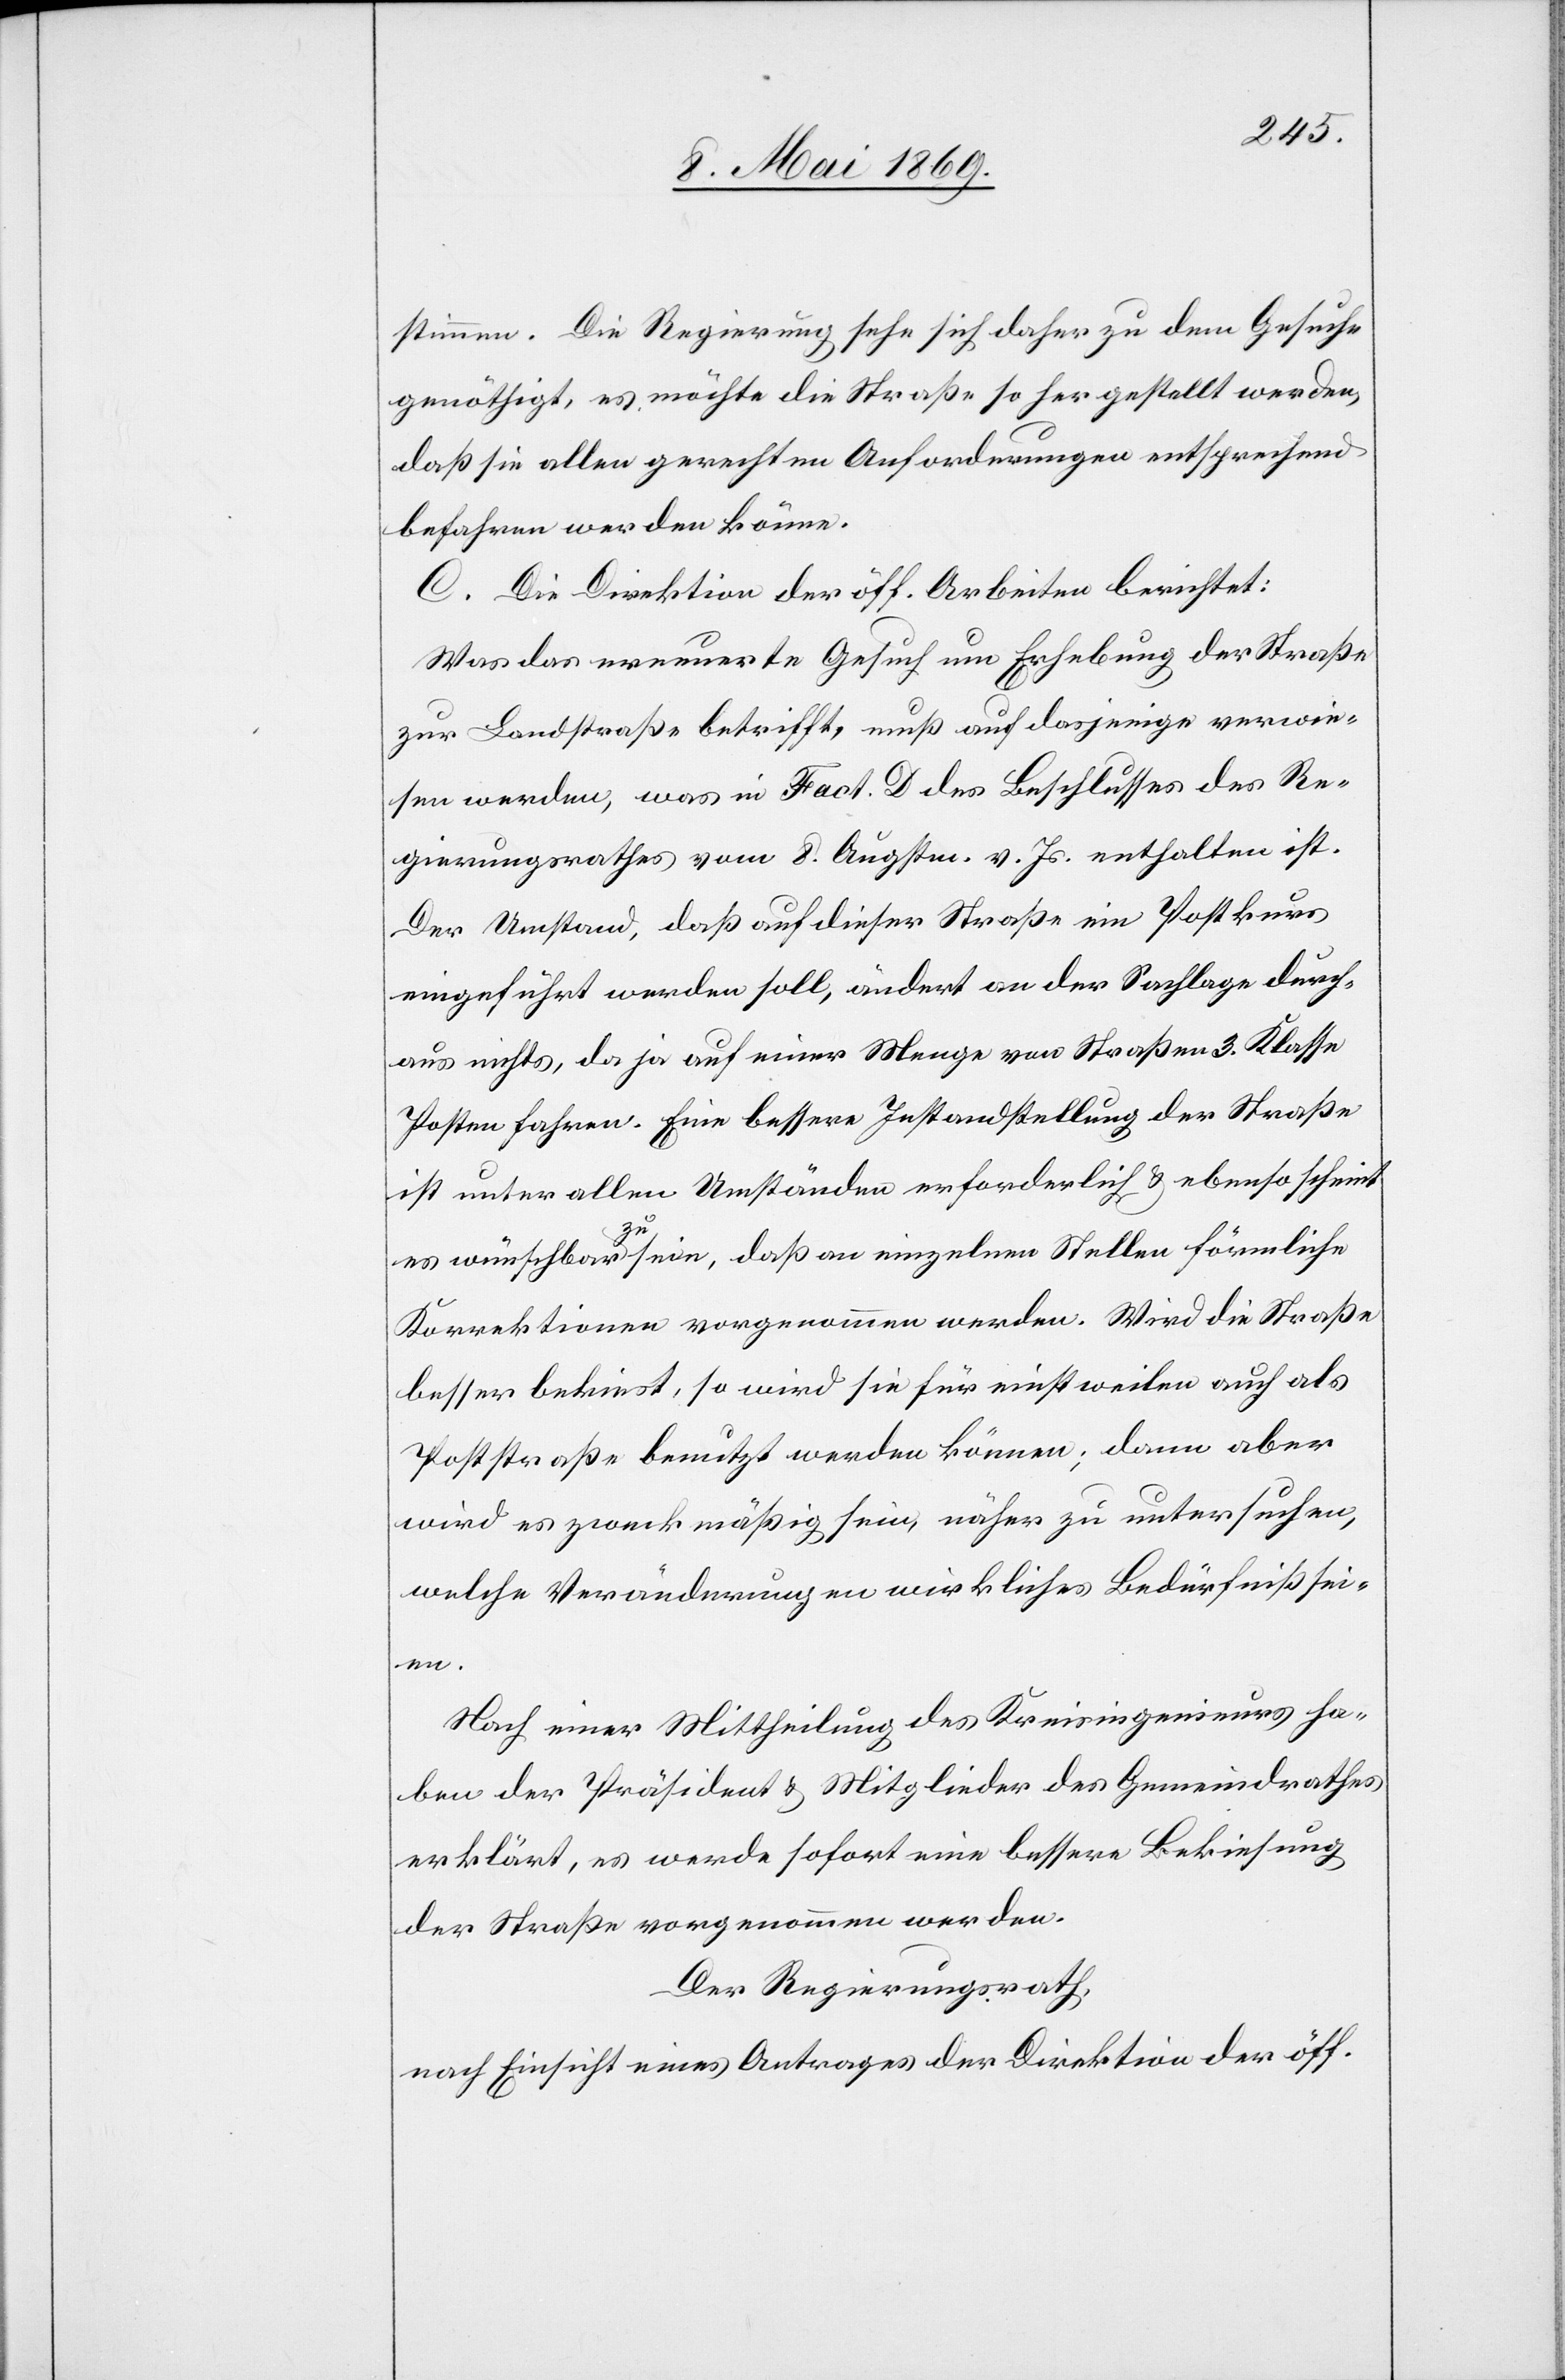
stimmen. Die Regierung sehe sich daher zu dem Gesuche
genöthigt, es möchte die Straße so hergestellt werden,
daß sie allen gerechten Anforderungen entsprechend
befahren werden könne.
C. Die Direktion der öff. Arbeiten berichtet:
Was das erneuerte Gesuch um Erhebung der Straße
zur Landstraße betrifft, muß auf dasjenige verwie¬
sen werden, was in Fact. D des Beschlusses des Re¬
gierungsrathes vom 8. Augstm. v. Js. enthalten ist.
Der Umstand, daß auf dieser Straße ein Postkurs
eingeführt werden soll, ändert an der Sachlage durch¬
aus nichts, da ja auf einer Menge von Straßen 3. Klasse
Posten fahren. Eine bessere Instandstellung der Straße
ist unter allen Umständen erforderlich u. ebenso scheint
es wünschbar zu sein, daß an einzelnen Stellen förmliche
Korrektionen vorgenommen werden. Wird die Straße
besser bekiest, so wird sie für einstweilen auch als
Poststraße benutzt werden können; dann aber
wird es zweckmäßig sein, näher zu untersuchen,
welche Veränderungen wirkliches Bedürfniß sei¬
en.
Nach einer Mittheilung des Kreisingenieurs ha¬
ben der Präsident u. Mitglieder des Gemeindrathes
erklärt, es werde sofort eine bessere Bekiesung
der Straße vorgenommen werden.
Der Regierungsrath,
nach Einsicht eines Antrages der Direktion der öff.